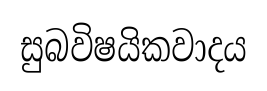
සුබවිෂයිකවාදය